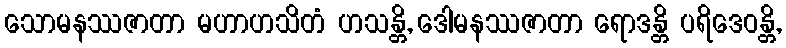
သောမနဿဇာတာ မဟာဟသိတံ ဟသန္တိ, ဒေါမနဿဇာတာ ရောဒန္တိ ပရိဒေဝန္တိ,